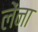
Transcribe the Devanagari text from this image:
लेंना